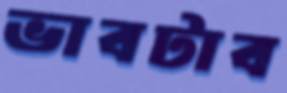
ভাবটাব